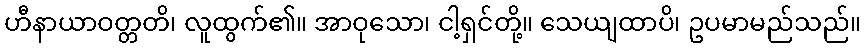
ဟီနာယာဝတ္တတိ၊ လူထွက်၏။ အာဝုသော၊ ငါ့ရှင်တို့။ သေယျထာပိ၊ ဥပမာမည်သည်။